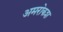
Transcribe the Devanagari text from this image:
अमरोकश